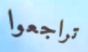
تراجعوا